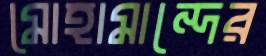
মোহামান্দের